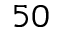
5 0